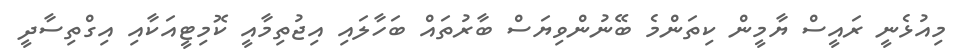
މިއުޅެނީ ރައީސް ޔާމީން ކިތަންމެ ބޭނުންވިޔަސް ބާރުތައް ބަހާލައި އިޖުތިމާއީ ކޮމިޓީއަކާއި އިގްތިސާދީ